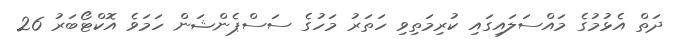
ދަތް އެޅުމުގެ މައްސަލައިގައި ކުރިމަތިވި ހަތަރު މަހުގެ ސަސްޕެންޝަން ހަމަވެ އޮކްޓޯބަރު 26